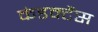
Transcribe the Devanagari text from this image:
कंडक्टैंस